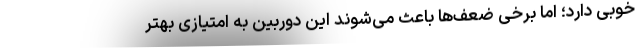
خوبی دارد؛ اما برخی ضعف‌ها باعث می‌شوند این دوربین به امتیازی بهتر